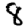
Digit: 8